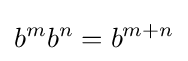
b^{m}b^{n}=b^{m+n}